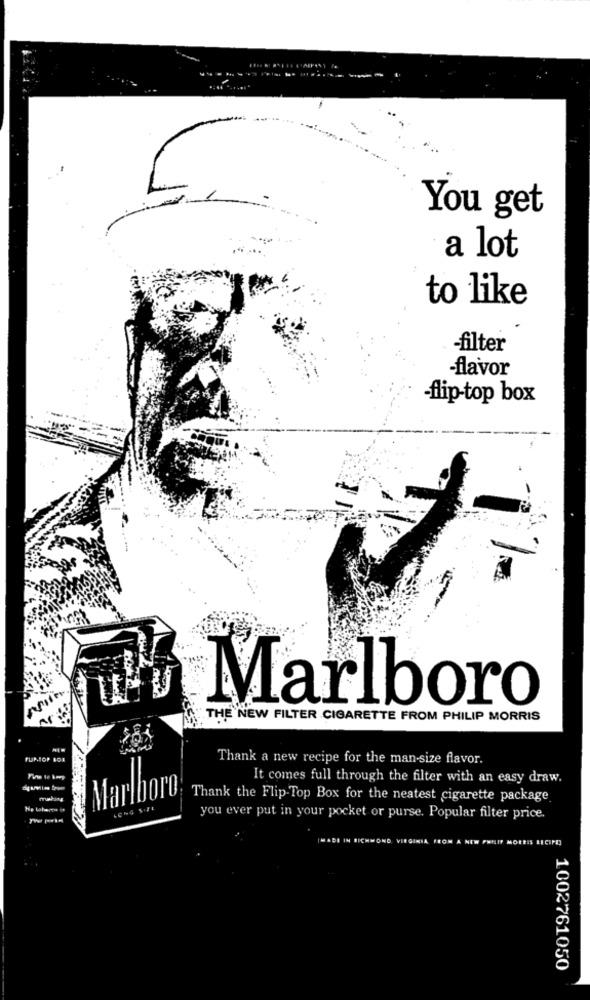
You get
a lot
to like
-filter
-flavor
-flip-top box
Marlboro
THE NEW FILTER CIGARETTE FROM PHILIP MORRIS
Thank a new recipe for the man-size flavor.
It comes full through the filter with an easy draw.
Marlboro
musling
Thank the Flip-Top Box for the neatest cigarette package
you ever put in your pocket or purse. Popular filter price.
1002761050